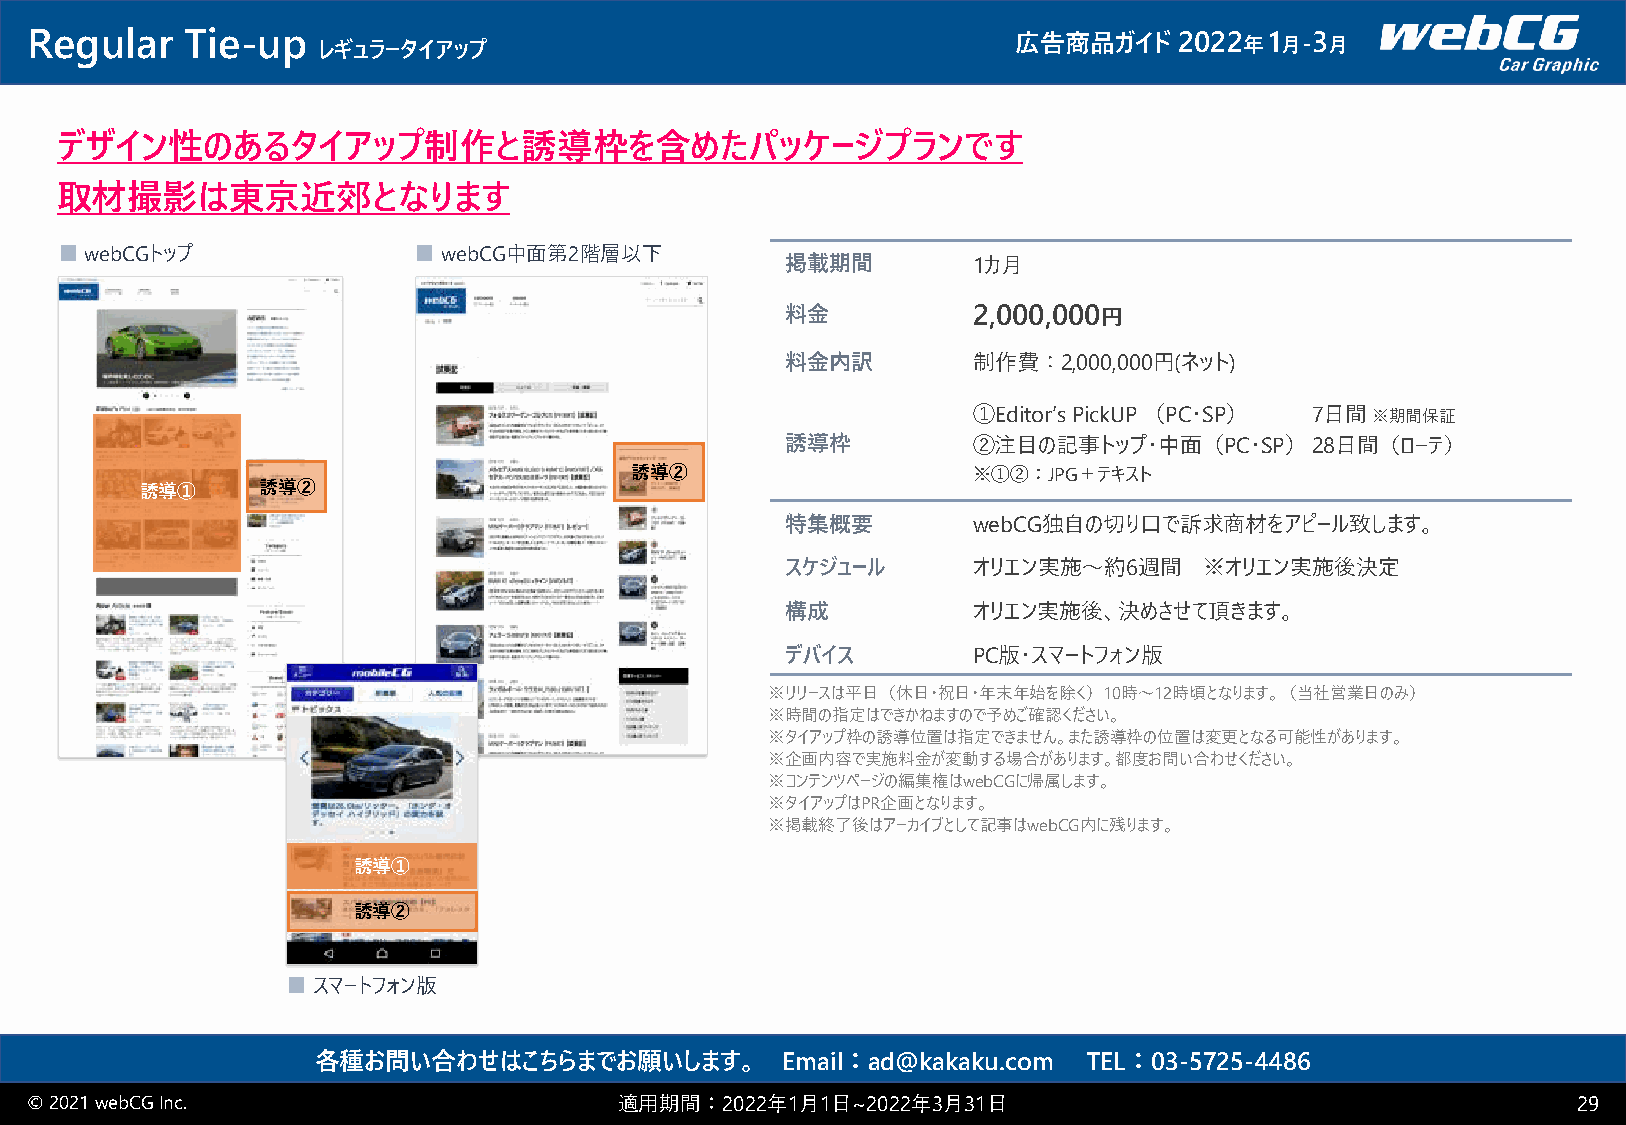
Regular   Tie-up   レギュラータイアップ                                    広告商品ガイド    2022 年1 月-3 月
 デザイン性のあるタイアップ制作と誘導枠を含めたパッケージプランです
 取材撮影は東京近郊となります
 ■webCGトップ              ■webCG中面第2階層以下
 掲載期間        1カ月
 料金          2,000,000円
 料金内訳        制作費：2,000,000円(ネット)
 ①Editor’s PickUP（PC･SP） 7日間※期間保証
 誘導枠         ②注目の記事トップ・中面（PC･SP）28日間（ローテ）
 誘導②                   ※①②：JPG＋テキスト
 誘導①     誘導②
 特集概要        webCG独自の切り口で訴求商材をアピール致します。
 スケジュール      オリエン実施～約6週間     ※オリエン実施後決定
 構成          オリエン実施後、決めさせて頂きます。
 デバイス        PC版・スマートフォン版
 ※リリースは平日（休日・祝日・年末年始を除く）10時～12時頃となります。（当社営業日のみ）
 ※時間の指定はできかねますので予めご確認ください。
 ※タイアップ枠の誘導位置は指定できません。また誘導枠の位置は変更となる可能性があります。
 ※企画内容で実施料金が変動する場合があります。都度お問い合わせください。
 ※コンテンツページの編集権はwebCGに帰属します。
 ※タイアップはPR企画となります。
 ※掲載終了後はアーカイブとして記事はwebCG内に残ります。
 誘導①
 誘導②
 ■スマートフォン版
 各種お問い合わせはこちらまでお願いします。          Email：ad@kakaku.com TEL：03-5725-4486
 © 2021 webCGInc.                       適用期間：2022年1月1日~2022年3月31日                                      29